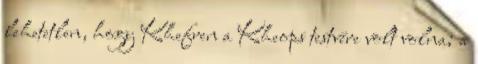
lehetetlen, hogy Khefren a Kheops testvére volt volna; a